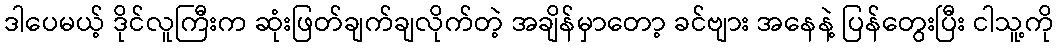
ဒါပေမယ့် ဒိုင်လူကြီးက ဆုံးဖြတ်ချက်ချလိုက်တဲ့ အချိန်မှာတော့ ခင်ဗျား အနေနဲ့ ပြန်တွေးပြီး ငါသူ့ကို